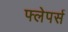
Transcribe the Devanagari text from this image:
फ्लेपर्स